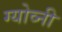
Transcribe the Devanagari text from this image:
ग्योव्नी